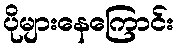
ပိုများနေကြောင်း